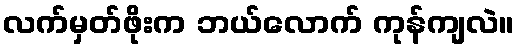
လက်မှတ်ဖိုးက ဘယ်လောက် ကုန်ကျလဲ။